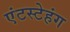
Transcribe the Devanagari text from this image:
एंटस्टेहंग